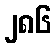
၂၈၆